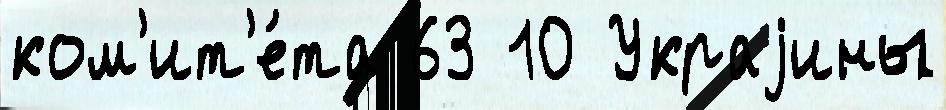
ком'ит'е́та 63 10 Украjины